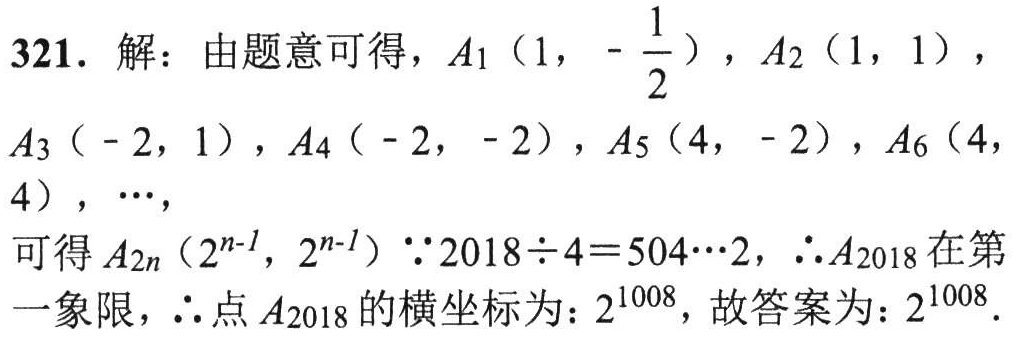
321. 解：由题意可得，\(A_1\left(1, -\dfrac{1}{2}\right)\)，\(A_2(1, 1)\)，

\(A_3(-2, 1)\)，\(A_4(-2, -2)\)，\(A_5(4, -2)\)，\(A_6(4, 4)\)，\(\cdots\)，

可得\(A_{2n}(2^{n - 1}, 2^{n - 1})\) \(\because 2018\div4 = 504\cdots2\)，\(\therefore A_{2018}\)在第

一象限，\(\therefore\)点\(A_{2018}\)的横坐标为：\(2^{1008}\)，故答案为：\(2^{1008}\).